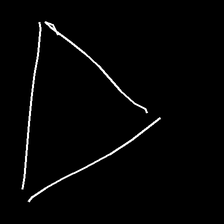
Glyph: convergence